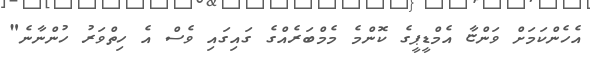
އެހެންކަމަށް ވަންޏާ އެމްޑީޕީގެ ކޮންމެ މެމްބަރެއްގެ ގައިގައި ވެސް އެ ހިތްވަރު ހުންނާނެ"